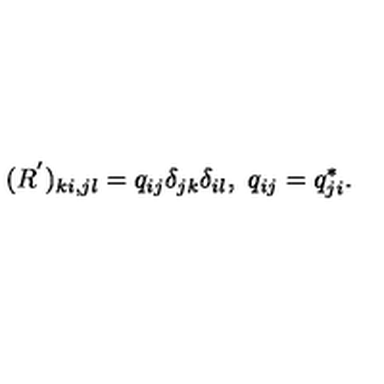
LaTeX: ( R ^ { ' } ) _ { k i , j l } = q _ { i j } \delta _ { j k } \delta _ { i l } , \ q _ { i j } = q _ { j i } ^ { * } .